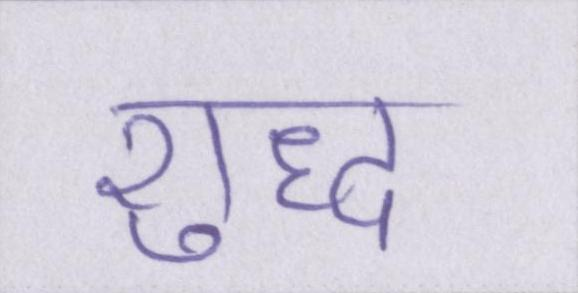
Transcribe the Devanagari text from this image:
शुध्द